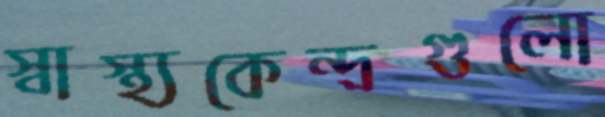
স্বাস্থ্যকেন্দ্রগুলো